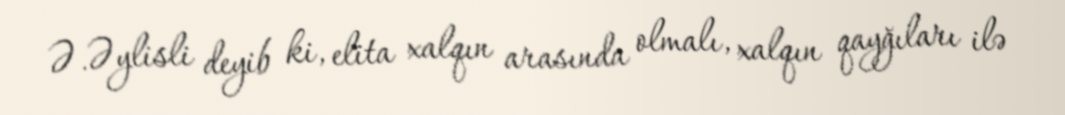
Ə.Əylisli deyib ki, elita xalqın arasında olmalı, xalqın qayğıları ilə